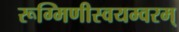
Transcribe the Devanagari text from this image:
रूग्मिणीस्वयम्वरम्